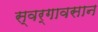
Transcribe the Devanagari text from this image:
स्वर्गावसान